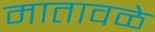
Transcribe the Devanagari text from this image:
मातावळे